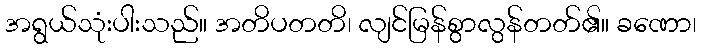
အရွယ်သုံးပါးသည်။ အတိပတတိ၊ လျင်မြန်စွာလွန်တတ်၏။ ခဏော၊